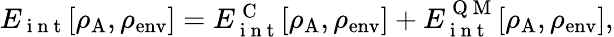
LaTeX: \begin{array}{r}{E_{\mathrm{~i~n~t~}}[\rho_{\mathrm{A}},\rho_{\mathrm{env}}]=E_{\mathrm{~i~n~t~}}^{\mathrm{~C~}}[\rho_{\mathrm{A}},\rho_{\mathrm{env}}]+E_{\mathrm{~i~n~t~}}^{\mathrm{~Q~M~}}[\rho_{\mathrm{A}},\rho_{\mathrm{env}}],}\end{array}